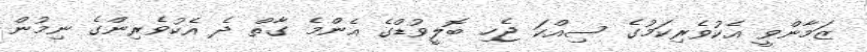
ޒަމާންވީ އެކުވެރިކަމުގެ ސިއްކަ ޖެހި ބޮލީވުޑްގެ އެންމެ ގާތް ދެ އެކުވެރިންގެ ނިމުން